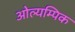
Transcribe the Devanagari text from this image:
ओल्यम्पिक